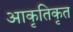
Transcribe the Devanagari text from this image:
आकृतिकृत